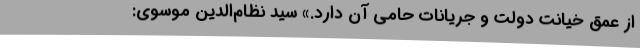
از عمق خیانت دولت و جریانات حامی آن دارد.» سید نظام‌الدین موسوی: